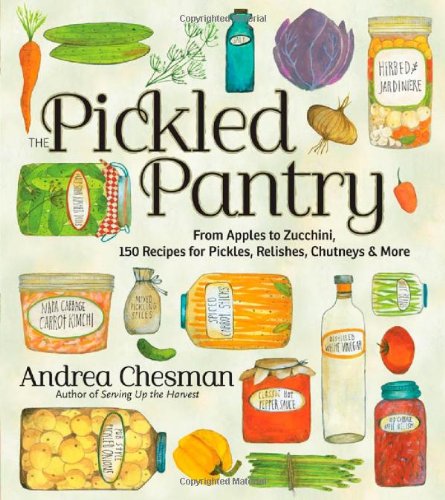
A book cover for The Pickled Pantry: From Apples to Zucchini, 150 Recipes for Pickles, Relishes, Chutneys & More; Andrea Chesman; Cookbooks, Food & Wine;